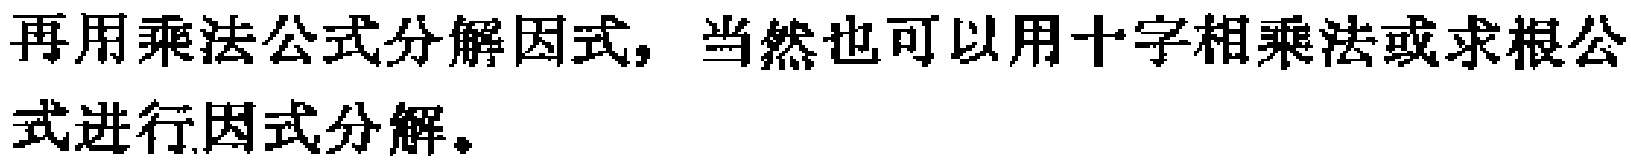
再用乘法公式分解因式，当然也可以用十字相乘法或求根公式进行因式分解。